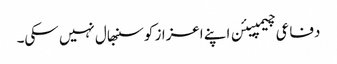
دفاعی چیمپیئن اپنے اعزاز کو سنبھال نہیں سکی۔